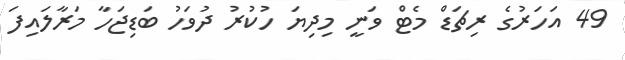
49 އަހަރުގެ ރިޗަޑް މެޓް ވަނީ މިދިޔަ ހުކުރު ދުވަހު ބަޑިޖަހާ މަރާލައިފަ